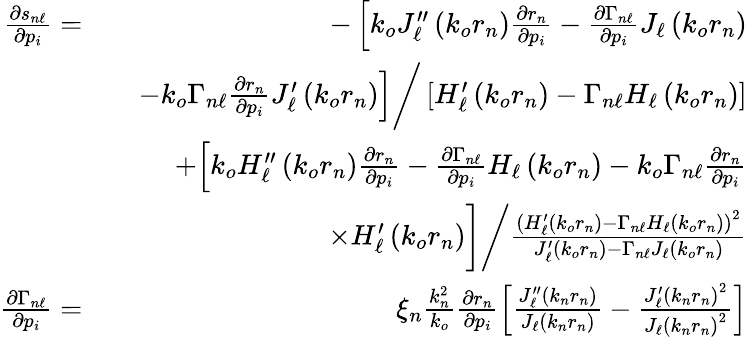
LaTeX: \begin{array}{rlr}{\frac{\partial s_{n\ell}}{\partial p_{i}}=}&{}&{-\left[k_{o}J_{\ell}^{\prime\prime}\left(k_{o}r_{n}\right)\frac{\partial r_{n}}{\partial p_{i}}-\frac{\partial\Gamma_{n\ell}}{\partial p_{i}}J_{\ell}\left(k_{o}r_{n}\right)\right.}\\ &{}&{\left.-k_{o}\Gamma_{n\ell}\frac{\partial r_{n}}{\partial p_{i}}J_{\ell}^{\prime}\left(k_{o}r_{n}\right)\right]\bigg/\left[{H_{\ell}^{\prime}\left(k_{o}r_{n}\right)-\Gamma_{n\ell}H_{\ell}\left(k_{o}r_{n}\right)}\right]}\\ &{}&{+{\left[k_{o}H_{\ell}^{\prime\prime}\left(k_{o}r_{n}\right)\frac{\partial r_{n}}{\partial p_{i}}-\frac{\partial\Gamma_{n\ell}}{\partial p_{i}}H_{\ell}\left(k_{o}r_{n}\right)-k_{o}\Gamma_{n\ell}\frac{\partial r_{n}}{\partial p_{i}}\right.}}\\ &{}&{\times H_{\ell}^{\prime}\left(k_{o}r_{n}\right)\bigg]\bigg/{\frac{\left(H_{\ell}^{\prime}\left(k_{o}r_{n}\right)-\Gamma_{n\ell}H_{\ell}\left(k_{o}r_{n}\right)\right)^{2}}{J_{\ell}^{\prime}\left(k_{o}r_{n}\right)-\Gamma_{n\ell}J_{\ell}\left(k_{o}r_{n}\right)}}}\\ {\frac{\partial\Gamma_{n\ell}}{\partial p_{i}}=}&{}&{\xi_{n}\frac{k_{n}^{2}}{k_{o}}\frac{\partial r_{n}}{\partial p_{i}}\left[\frac{J_{\ell}^{\prime\prime}\left(k_{n}r_{n}\right)}{J_{\ell}\left(k_{n}r_{n}\right)}-\frac{J_{\ell}^{\prime}\left(k_{n}r_{n}\right)^{2}}{J_{\ell}\left(k_{n}r_{n}\right)^{2}}\right]}\end{array}